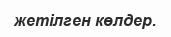
жетілген көлдер.